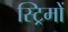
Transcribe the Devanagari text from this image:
स्ट्रिमों